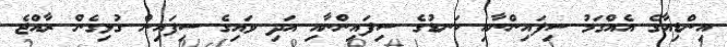
އިންޑިއާގެ އެއްގަމު ސިފައިންނާއި ކަނޑުގެ ސިފައިންނާއި އަދި ވައިގެ ސިފައިން ގުޅިގެން ރާއްޖެ